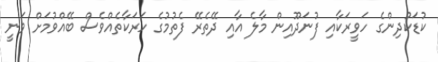
ކުޑަކުދިންގެ ހަވީރަކާއި ފުނަދޫއިން މާލެ އާއި ދޭތެރޭ ފެތުމުގެ ހަރަކާތެއްވެސް ބޭއްވުމަށް ވަނީ